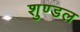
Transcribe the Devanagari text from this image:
शुण्डल